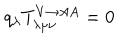
q _ { \lambda } T _ { \lambda \mu \nu } ^ { V \rightarrow A A } = 0